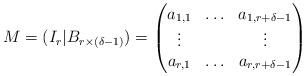
LaTeX: \begin{align*}M=(I_r | B_{r \times (\delta-1)})=\left( \begin{matrix} a_{1,1} & \hdots & a_{1,r+\delta-1} \\ \vdots & & \vdots \\ a_{r,1} & \hdots & a_{r,r+\delta-1} \end{matrix} \right)\end{align*}